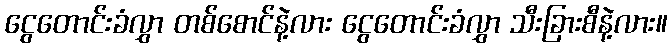
ငွေတောင်းခံလွှာ တစ်စောင်နဲ့လား ငွေတောင်းခံလွှာ သီးခြားစီနဲ့လား။